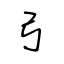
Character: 弓